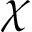
\chi